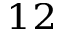
^ { 1 2 }